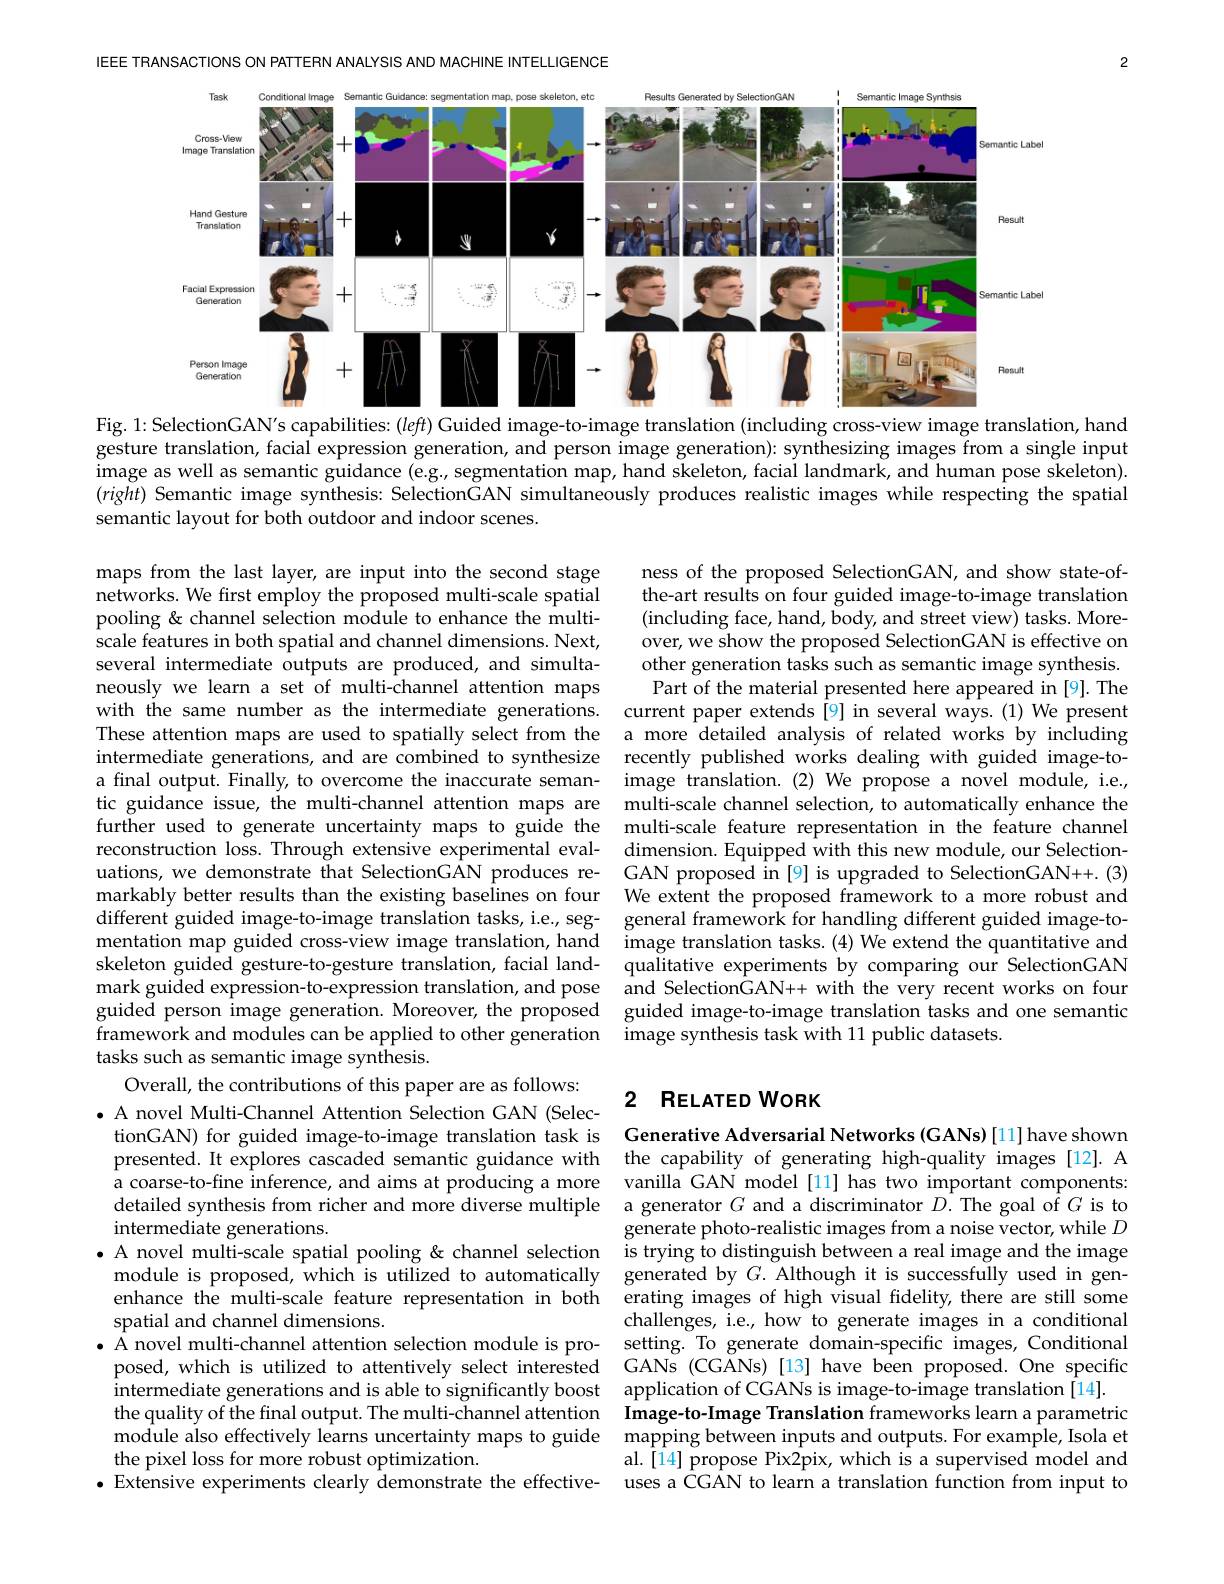
2

IEEE TRANSACTIONS ON PATTERN ANALYSIS AND MACHINE INTELLIGENCE

<FigureHere>
Fig. 1: SelectionGAN's capabilities: (left) Guided image-to-image translation (including cross-view image translation, hand

gesture translation, facial expression generation, and person image generation): synthesizing images from a single input image as well as semantic guidance ( e. g, segmentation map, hand skeleton, facial landmark, and human pose skeleton) . $(righit)$ Semantic image synthesis: SelectionGAN simultaneously produces realistic images while respecting the spatial semantic layout for both outdoor and indoor scenes.

ness of the proposed SelectionGAN, and show state-ofthe-art results on four guided image-to-image translation (including face, hand, body, and street view) tasks. Moreover, we show the proposed SelectionGAN is effective on other generation tasks such as semantic image synthesis. Part of the material presented here appeared in [9]. The
current paper extends[9] in several ways.(1) We present
These attention maps are used to spatially select from the a more detailed analysis of related works by including
recently published works dealing with guided image-toimage translation.(2)We propose a novel module, i.e.,
tic guidance issue, the multi-channel attention maps are multi-scale channel selection, to automatically enhance the
multi-scale feature representation in the feature channel dimension. Equipped with this new module, our SelectionGAN proposed in [9] is upgraded to SelectionGAN++. (3) We extent the proposed framework to a more robust and
different guided image-to-image translation tasks, i.e, seg- general framework for handling different guided image-to-
image translation tasks. (4) We extend the quantitative and qualitative experiments by comparing our SelectionGAN
mark guided expression-to-expression translation, and pose and SelectionGAN++ with the very recent works on four
guided image-to-image translation tasks and one semantic
image synthesis task with 11 public datasets.

maps from the last layer, are input into the second stage networks. We first employ the proposed multi-scale spatial pooling& channel selection module to enhance the multiscale features in both spatial and channel dimensions. Next, several intermediate outputs are produced, and simultaneously we learn a set of multi-channel attention maps with the same number as the intermediate generations. intermediate generations, and are combined to synthesize a final output. Finally, to overcome the inaccurate semanfurther used to generate uncertainty maps to guide the reconstruction loss. Through extensive experimental evaluations, we demonstrate that SelectionGAN produces remarkably better results than the existing baselines on four mentation map guided cross-view image translation, hand skeleton guided gesture-to-gesture translation, facial landguided person image generation. Moreover, the proposed framework and modules can be applied to other generation tasks such as semantic image synthesis.
Overall, the contributions of this paper are as follows:
$\bullet$ A novel Multi-Channel Attention Selection GAN (SelectionGAN) for guided image-to-image translation task is presented. It explores cascaded semantic guidance with the capability of generating high-quality images[12].A
a coarse-to-fine inference, and aims at producing a more
detailed synthesis from richer and more diverse multiple a generator $G$ and a discriminator $D.$ The goal of $G$ is to
intermediate generations.
·A novel multi-scale spatial pooling& channel selection is trying to distinguish between a real image and the image module is proposed, which is utilized to automatically generated by $G.$ Although it is successfully used in genenhance the multi-scale feature representation in both erating images of high visual fidelity, there are still some spatial and channel dimensions.
$\bullet$ A novel multi-channel attention selection module is pro-
posed, which is utilized to attentively select interested GANs (CGANs)[13] have been proposed. One specific intermediate generations and is able to significantly boost application of CGANs is image-to-image translation [14]. the quality of the final output. The multi-channel attention module also effectively learns uncertainty maps to guide the pixel loss for more robust optimization.
$\bullet$ Extensive experiments clearly demonstrate the effective-

## 2 RELATED WORK

Generative Adversarial Networks (GANs) [11] have shown vanilla GAN model [11] has two important components: generate photo-realistic images from a noise vector, while $D$ challenges, i.e, how to generate images in a conditional setting. To generate domain-specific images, Conditional Image-to-Image Translation frameworks learn a parametric mapping between inputs and outputs. For example, Isola et al.[14] propose Pix2pix, which is a supervised model and uses a CGAN to learn a translation function from input to